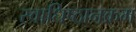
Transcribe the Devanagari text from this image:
स्वाधिष्ठानक्रम